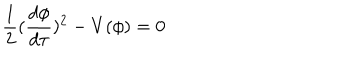
LaTeX: \frac { 1 } { 2 } ( \frac { d \phi } { d \tau } ) ^ { 2 } - V ( \phi ) = 0